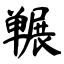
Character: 冁